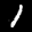
Label: 1